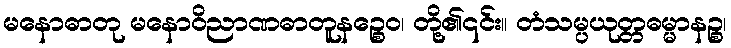
မနောဓာတု မနောဝိညာဏဓာတူနဉ္စေဝ၊ တို့၏၎င်း။ တံသမ္ပယုတ္တဓမ္မာနဉ္စ၊